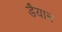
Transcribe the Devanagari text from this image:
डैयान